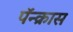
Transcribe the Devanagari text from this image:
पॅन्क्रास